Lunatic asylums Central Provinces reports 1886-1894 - 1886-1894
Year: 1886
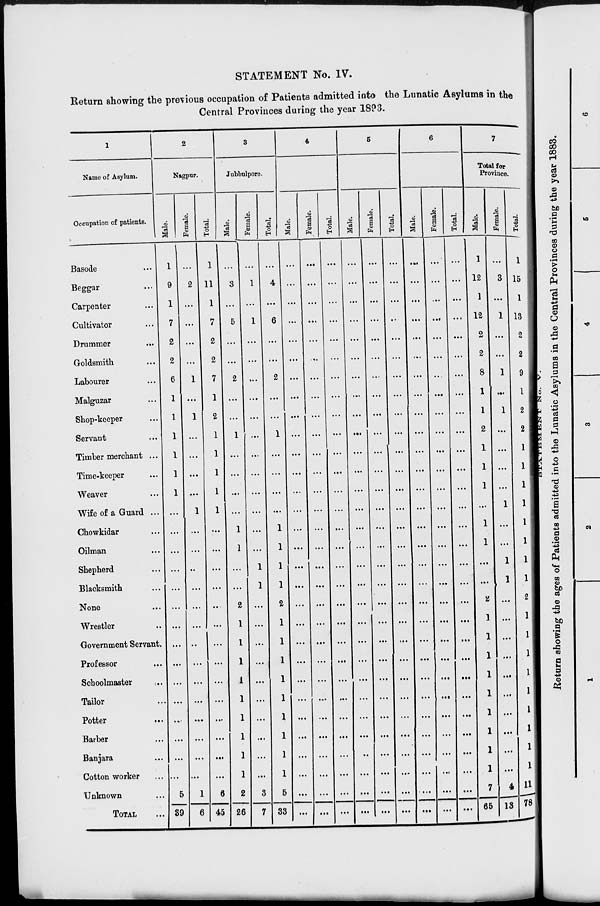
STATEMENT No. IV.
Return showing the previous occupation of Patients admitted into the Lunatic Asylums in the
Central Provinces during the year 1893.
1
Name of Asylum.
Occupation of patients.
Basode ...
Beggar ...
Carpenter ...
Cultivator ...
Drummer
...
Goldsmith ...
Labourer ...
Malguzar ...
Shop-keeper ...
Servant ...
Timber merchant ...
Time-keeper ...
Weaver ...
Wife of a Guard ...
Chowkidar ...
Oilman ...
Shepherd ...
Blacksmith ...
None ...
Wrestler ...
Government Servant.
Professor ...
Schoolmaster
...
Tailor ...
Potter
...
Barber ...
Banjara ...
Cotton worker ...
Unknown ...
TOTAL ...
2
Nagpur.
Male.
1
9
1
7
2
2
6
1
1
1
1
1
1
...
...
...
...
...
...
...
...
...
...
...
...
...
...
...
5
39
Female.
...
2
...
...
...
...
1
...
1
...
...
...
...
1
...
...
...
...
...
...
...
...
...
...
...
...
...
...
1
6
Total.
1
11
1
7
2
2
7
1
2
1
1
1
1
1
...
...
...
...
...
...
...
...
...
...
...
...
...
...
6
45
3
Jubbulpore.
Male.
...
3
...
5
...
...
2
...
...
1
...
...
...
...
1
1
...
...
2
1
1
1
1
1
1
1
1
1
2
26
Female.
...
1
...
1
...
...
...
...
...
...
...
...
...
...
...
...
1
1
...
...
...
...
...
...
...
...
...
...
3
7
Total.
...
4
...
6
...
...
2
...
...
1
...
...
...
...
1
1
1
1
2
1
1
1
1
1
1
1
1
1
5
33
4
Male.
...
...
...
...
...
...
...
...
...
...
...
...
...
...
...
...
...
...
...
...
...
...
...
...
...
...
...
...
...
...
Female.
...
...
...
...
...
...
...
...
...
...
...
...
...
...
...
...
...
...
...
...
...
...
...
...
...
...
...
...
...
...
Total.
...
...
...
...
...
...
...
...
...
...
...
...
...
...
...
...
...
...
...
...
...
...
...
...
...
...
...
...
...
...
5
Male.
...
...
...
...
...
...
...
...
...
...
...
...
...
...
...
...
...
...
...
...
...
...
...
...
...
...
...
...
...
...
Female.
...
...
...
...
...
...
...
...
...
...
...
...
...
...
...
...
...
...
...
...
...
...
...
...
...
...
...
...
...
...
Total.
...
...
...
...
...
...
...
...
...
...
...
...
...
...
...
...
...
...
...
...
...
...
...
...
...
...
...
...
...
...
6
Male.
...
...
...
...
...
...
...
...
...
...
...
...
...
...
...
...
...
...
...
...
...
...
...
...
...
...
...
...
...
...
Female.
...
...
...
...
...
...
...
...
...
...
...
...
...
...
...
...
...
...
...
...
...
...
...
...
...
...
...
...
...
...
Total.
...
...
...
...
...
...
...
...
...
...
...
...
...
...
...
...
...
...
...
...
...
...
...
...
...
...
...
...
...
...
7
Total for
Province.
Male.
1
12
1
12
2
2
8
1
1
2
1
1
1
...
1
1
...
...
2
1
1
1
1
1
1
1
1
1
7
65
Female.
...
3
...
1
...
...
1
...
1
...
...
...
...
1
...
...
1
1
...
...
...
...
...
...
...
...
...
...
4
13
Total.
1
15
1
13
2
2
9
1
2
2
1
1
1
1
1
1
1
1
2
1
1
1
1
1
1
1
1
1
11
78